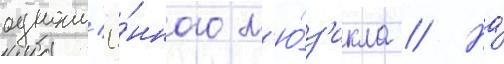
одноим'ё́нного м'ю́з'икла // На́